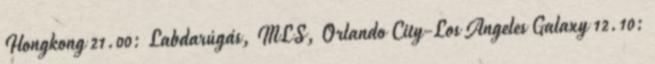
Hongkong 21.00: Labdarúgás, MLS, Orlando City-Los Angeles Galaxy 12.10: